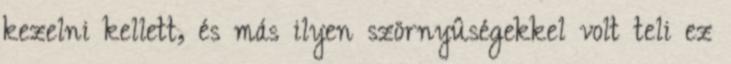
kezelni kellett, és más ilyen szörnyûségekkel volt teli ez